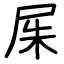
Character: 𡱖